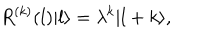
R ^ { ( k ) } ( l ) | l \rangle = \lambda ^ { k } | l + k \rangle ,